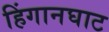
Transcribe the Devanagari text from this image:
हिंगानघाट